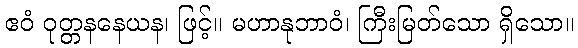
ဧဝံ ဝုတ္တနနေယန၊ ဖြင့်။ မဟာနုဘာဝံ၊ ကြီးမြတ်သော ရှိသော။